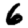
Digit: 6